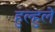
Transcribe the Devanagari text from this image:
हुल्हुले